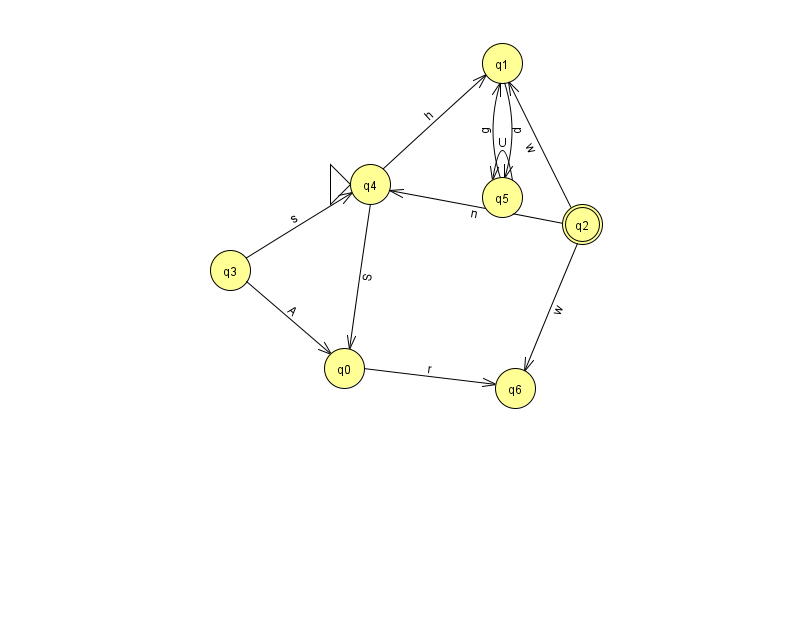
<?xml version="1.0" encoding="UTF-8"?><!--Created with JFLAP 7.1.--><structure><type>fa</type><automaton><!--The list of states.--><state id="0" name="q0"><x>344.0</x><y>355.0</y></state><state id="1" name="q1"><x>502.0</x><y>50.0</y></state><state id="2" name="q2"><x>582.0</x><y>211.0</y><final/></state><state id="3" name="q3"><x>230.0</x><y>257.0</y></state><state id="4" name="q4"><x>370.0</x><y>171.0</y><initial/></state><state id="5" name="q5"><x>502.0</x><y>184.0</y></state><state id="6" name="q6"><x>515.0</x><y>375.0</y></state><!--The list of transitions.--><transition><from>4</from><to>0</to><read>S</read></transition><transition><from>2</from><to>4</to><read>n</read></transition><transition><from>1</from><to>5</to><read>p</read></transition><transition><from>5</from><to>1</to><read>g</read></transition><transition><from>5</from><to>5</to><read>U</read></transition><transition><from>0</from><to>6</to><read>r</read></transition><transition><from>2</from><to>1</to><read>w</read></transition><transition><from>3</from><to>0</to><read>A</read></transition><transition><from>3</from><to>4</to><read>s</read></transition><transition><from>4</from><to>1</to><read>h</read></transition><transition><from>2</from><to>6</to><read>w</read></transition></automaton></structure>